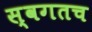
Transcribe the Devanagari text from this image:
स्वगतच